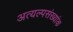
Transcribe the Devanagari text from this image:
अत्यल्पसंख्यांक